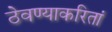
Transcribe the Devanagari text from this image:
ठेवण्याकरितां